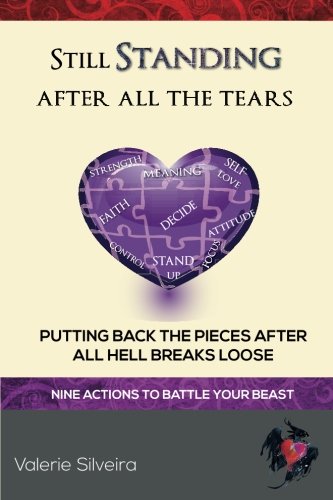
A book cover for Still Standing After All the Tears: Putting Back the Pieces After All Hell Breaks Loose; Valerie Silveira; Self-Help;